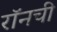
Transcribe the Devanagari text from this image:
रॉनची